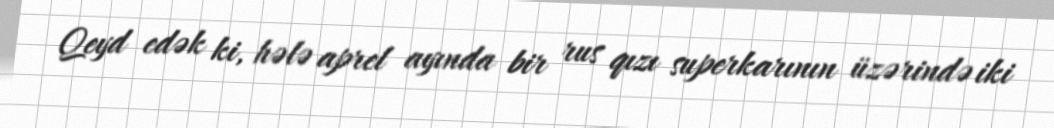
Qeyd edək ki, hələ aprel ayında bir rus qızı superkarının üzərində iki